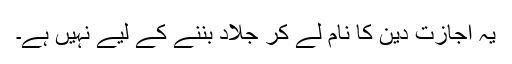
یہ اجازت دین کا نام لے کر جلاد بننے کے لیے نہیں ہے۔